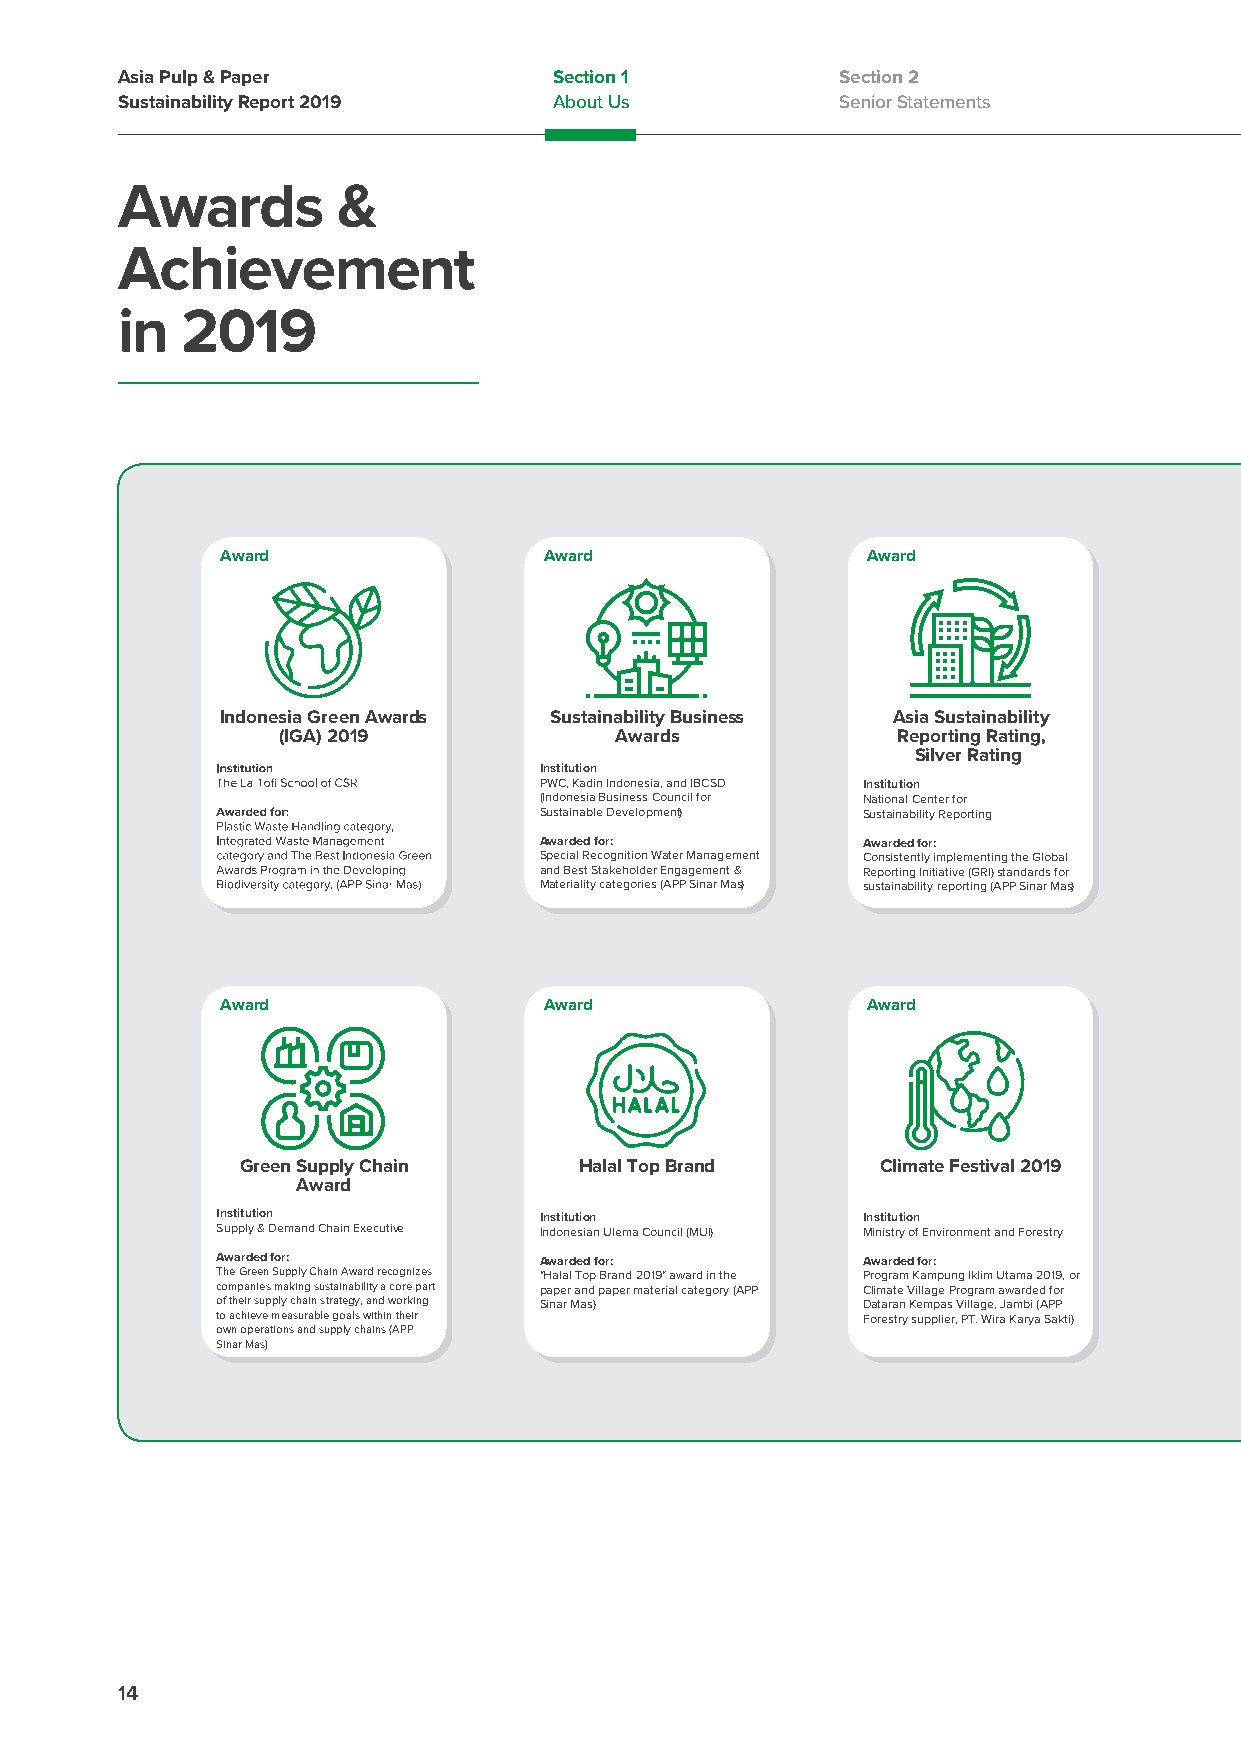
Asia Pulp & Paper            Section 1          Section 2
 Sustainability Report 2019   About Us           Senior Statements
 Awards        &
 Achievement
 in  2019
 Award                Award                Award
 Indonesia Green Awards Sustainability Business Asia Sustainability
 (IGA) 2019             Awards            Reporting Rating,
 Silver Rating
 Institution
 PWC, Kadin Indonesia, and IBCSD Institution
 (Indonesia Business Council for National Center for
 Sustainable Development) Sustainability Reporting
 Awarded for:         Awarded for:
 Special Recognition Water Management Consistently implementing the Global
 and Best Stakeholder Engagement & Reporting Initiative (GRI) standards for
 Materiality categories (APP Sinar Mas) sustainability reporting (APP Sinar Mas)
 Award                Award                Award
 Green Supply Chain    Halal Top Brand     Climate Festival 2019
 Award
 Institution           Institution          Institution
 Supply & Demand Chain Executive Indonesian Ulema Council (MUI) Ministry of Environment and Forestry
 Awarded for:          Awarded for:         Awarded for:
 The Green Supply Chain Award recognizes "Halal Top Brand 2019" award in the Program Kampung Iklim Utama 2019, or
 companies making sustainability a core part paper and paper material category (APP Climate Village Program awarded for
 of their supply chain strategy, and working Sinar Mas) Dataran Kempas Village, Jambi (APP
 to achieve measurable goals within their   Forestry supplier, PT. Wira Karya Sakti)
 own operations and supply chains (APP
 Sinar Mas)
 14